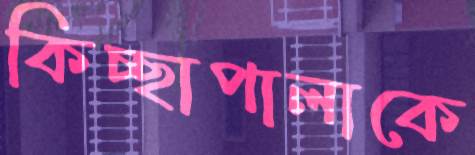
কিচ্ছাপালাকে